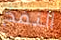
النفخ